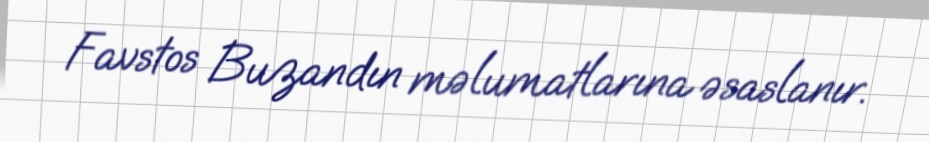
Favstos Buzandın məlumatlarına əsaslanır.